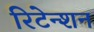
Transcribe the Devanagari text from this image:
रिटेन्शन